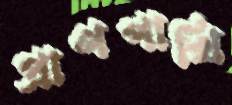
প্রাণপাখি